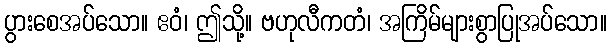
ပွားစေအပ်သော။ ဧဝံ၊ ဤသို့။ ဗဟုလီကတံ၊ အကြိမ်များစွာပြုအပ်သော။